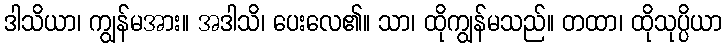
ဒါသိယာ၊ ကျွန်မအား။ အဒါသိ၊ ပေးလေ၏။ သာ၊ ထိုကျွန်မသည်။ တထာ၊ ထိုသုပ္ပိယာ